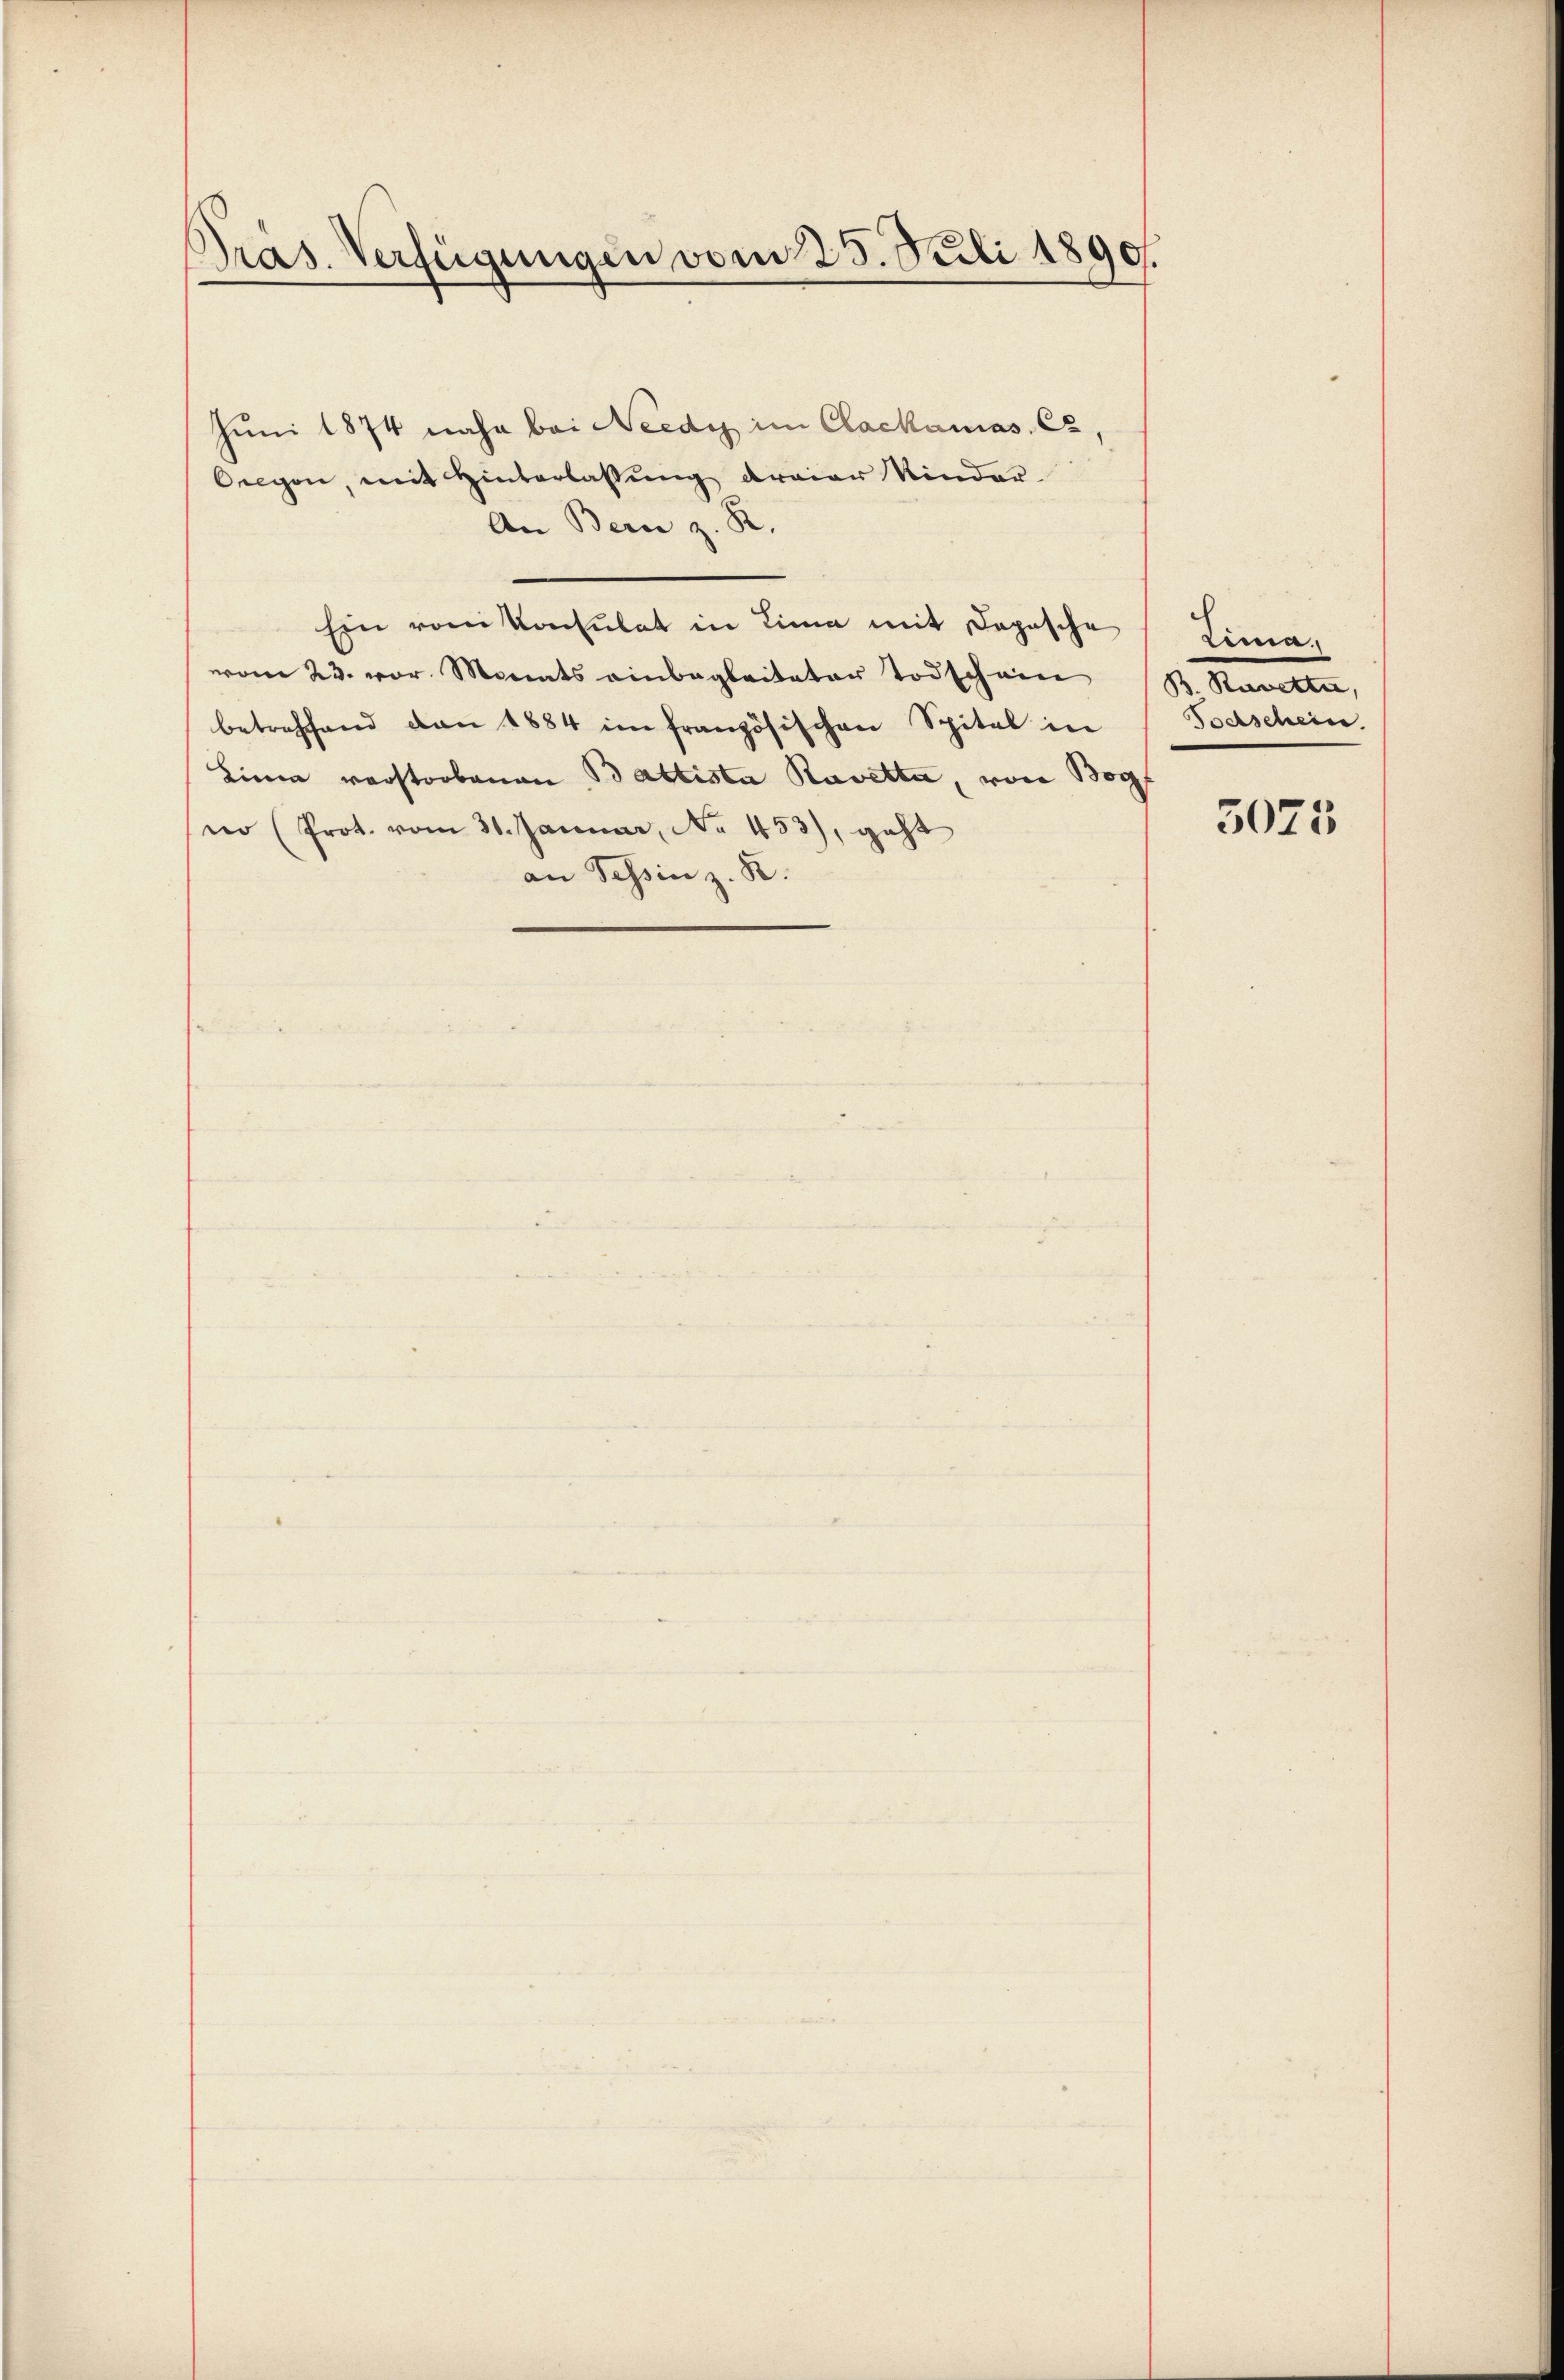
.
Pras. Verfügungen vom 25. Juli 1890.

Juni 1874 nahe bei Needy im Clackamas. Er,
Oeegen, mit Hinterlassŭng dreier Kinder
An Bern z. R.
Ein vom Konsulat in Lina mit Depesche
vom 23. vor. Monats einbegleiteter Todschein
betreffend den 1884 im französischen Spital in
Lina vorstorbenen Baltista Ravetta, von Bog
no (Prot. vom 31. Januar, No 453), geht
an Tessin z. B.

Zema.
B. Ravetta,
Todschein.

5075